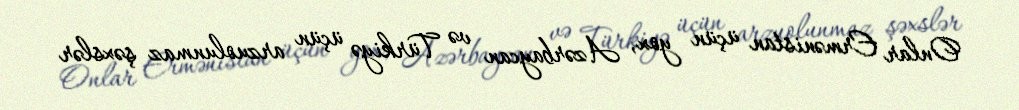
Onlar Ermənistan üçün yox, Azərbaycan və Türkiyə üçün arzuolunmaz şəxslər